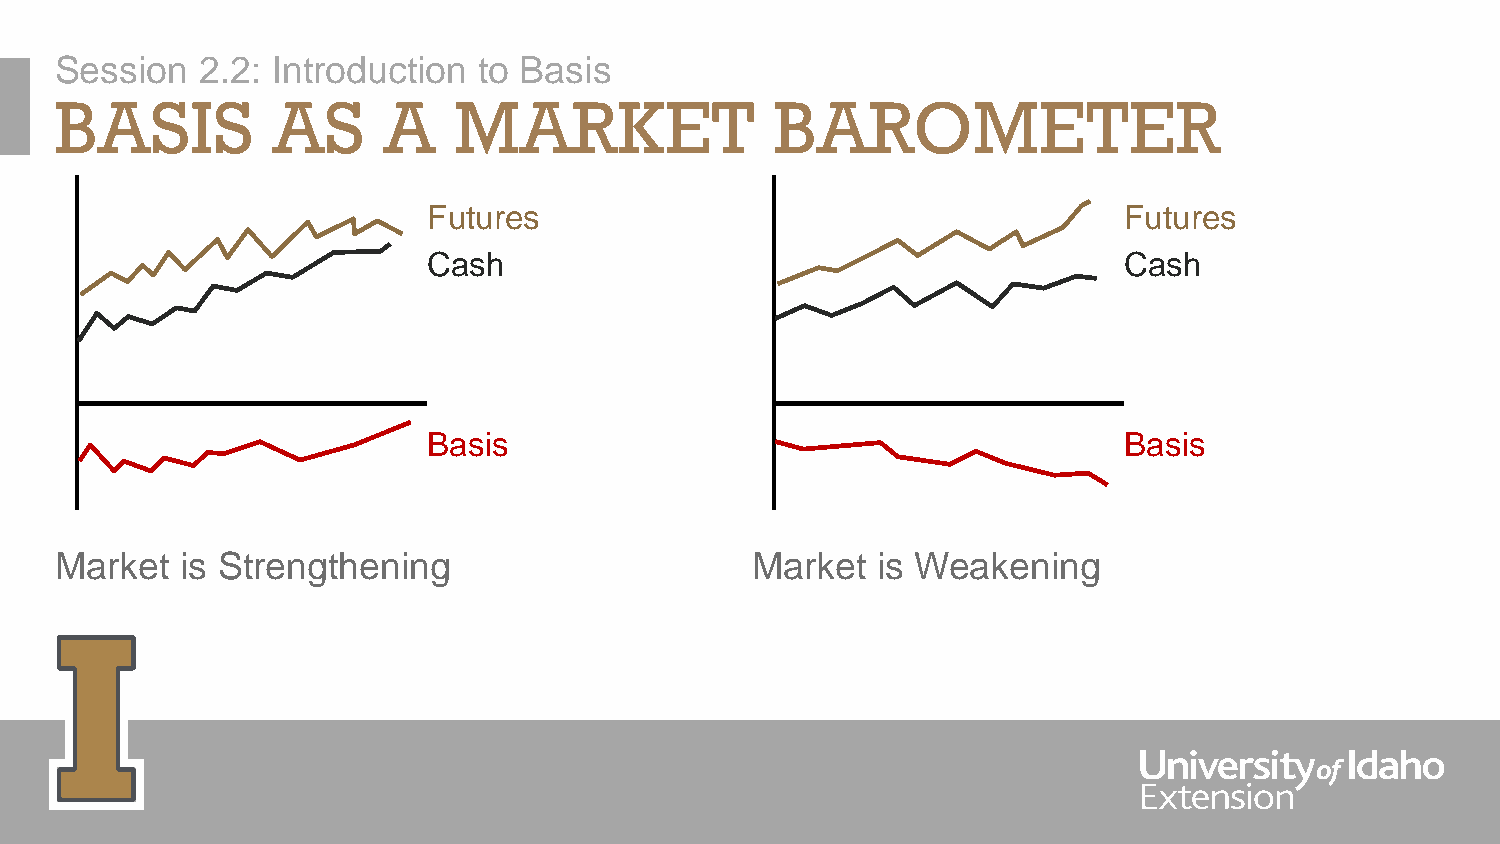
Session  2.2: Introduction  to Basis
 BASIS         AS     A    MARKET               BAROMETER
 Futures                                       Futures
 Cash                                          Cash
 Basis                                         Basis
 Market  is Strengthening                      Market  is Weakening